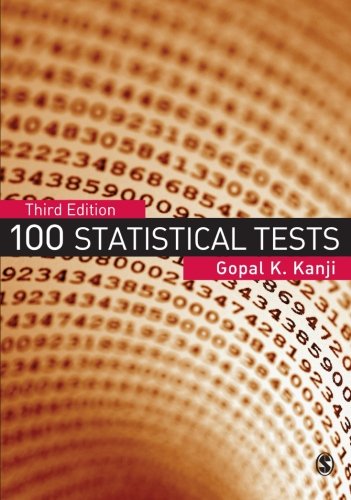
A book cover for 100 Statistical Tests; Gopal K Kanji; Science & Math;